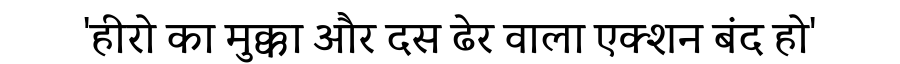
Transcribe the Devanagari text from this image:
'हीरो का मुक्का और दस ढेर वाला एक्शन बंद हो'